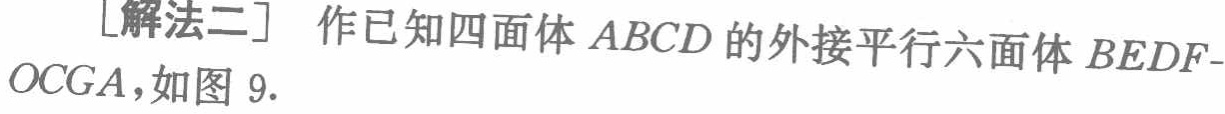
[解法二] 作已知四面体 \(ABCD\) 的外接平行六面体 \(BEDF - OCGA\)，如图 9.